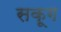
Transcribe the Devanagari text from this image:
सकूग